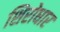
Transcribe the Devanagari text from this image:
शिरोधार